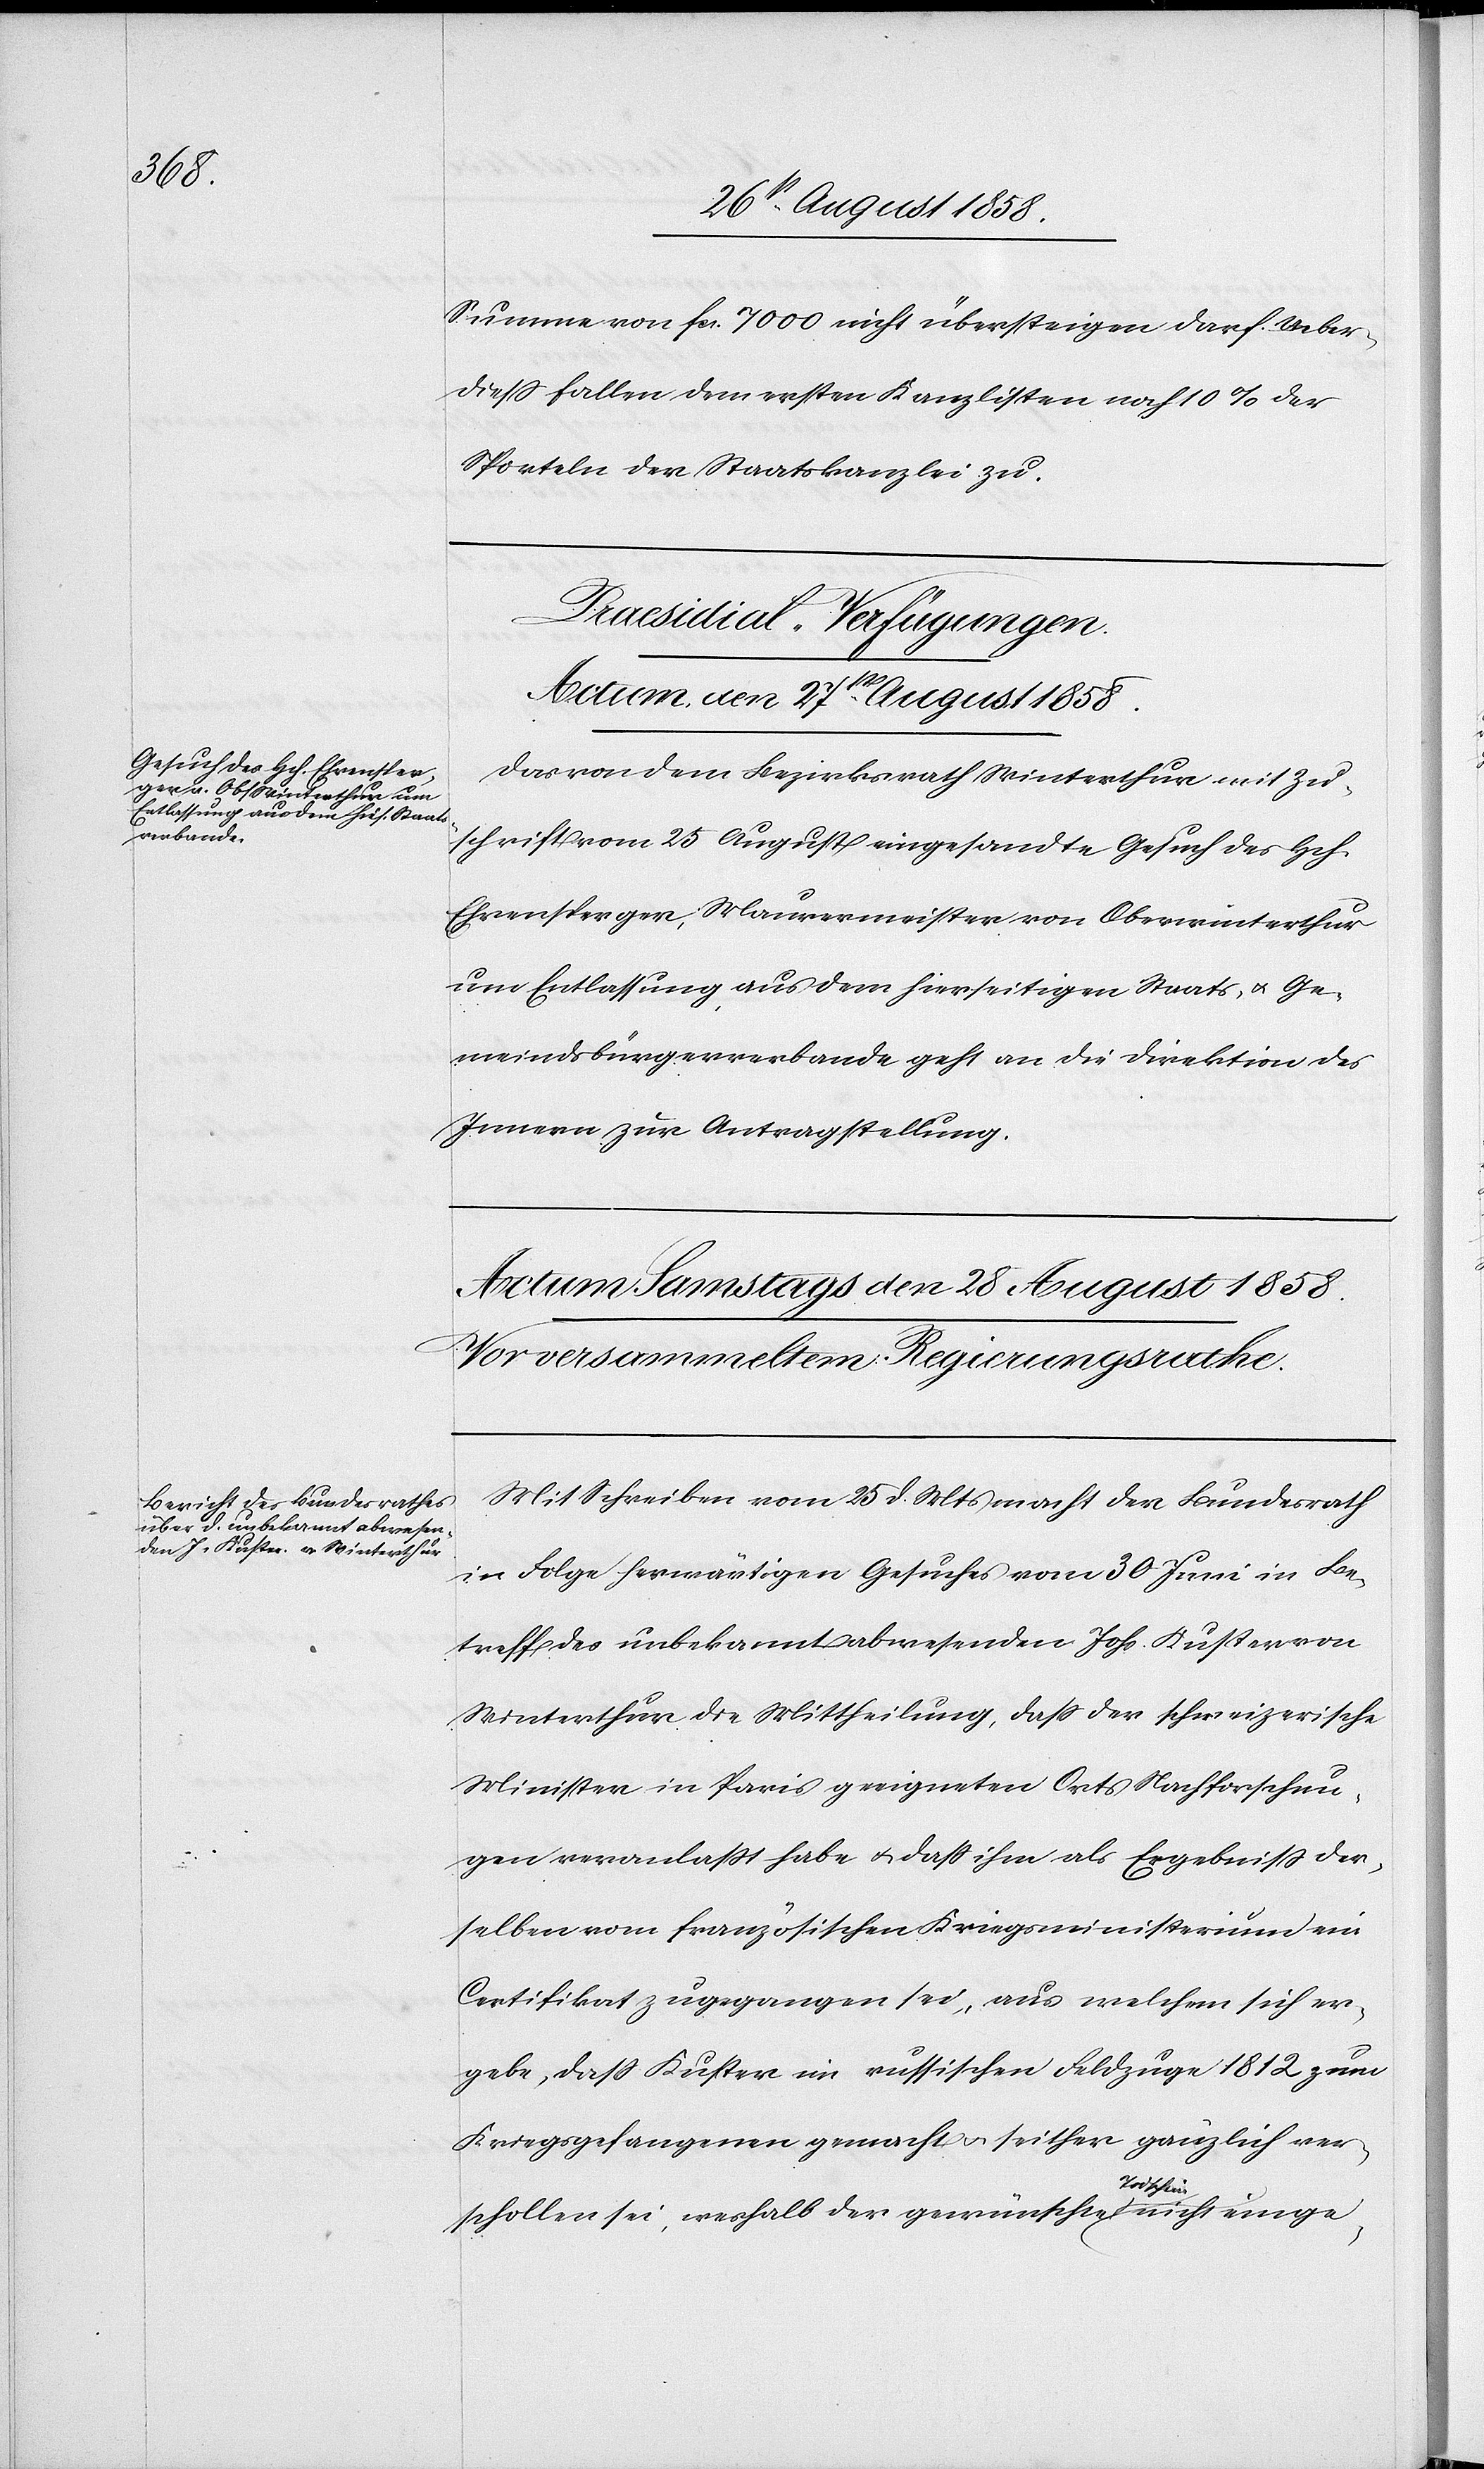
Summe von fcs. 7000 nicht übersteigen darf. Ueber¬
diess fallen dem ersten Kanzlisten noch 10% der
Sporteln der Staatskanzlei zu.
Praesidial-Verfügungen.
Actum, den 27st August 1858.
Das von dem Bezirksrath Winterthur mit Zu¬
schrift vom 25 August eingesandte Gesuch des Hch.
Ehrensperger, Maurermeister von Oberwinterthur
um Entlassung aus dem hierseitigen Staats- & Ge¬
meindsbürgerverbande geht an die Direktion des
Innern zur Antragstellung.
Mit Schreiben vom 25 d. Mts macht der Bundesrath
in Folge herwärtigen Gesuches vom 30 Juni in Be¬
treff des unbekannt abwesenden Johs. Kuster von
Winterthur die Mittheilung, dass der schweizerische
Minister in Paris geeigneten Orts Nachforschun¬
gen veranlasst habe & dass ihm als Ergebniss der¬
selben vom französischen Kriegsministerium ein
Certifikat zugegangen sei, aus welchem sich er¬
gebe, dass Kuster im russischen Feldzuge 1812 zum
Kriegsgefangenen gemacht & seither gänzlich ver¬
schollen sei, weshalb der gewünschte Todschein nicht einge-